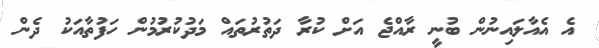
އެ އެއާލައިނުން ބުނީ ރާއްޖެ އަށް ކުރާ ދަތުރުތައް މަދުކުރުމުން ހަފުތާއަކު ދެން